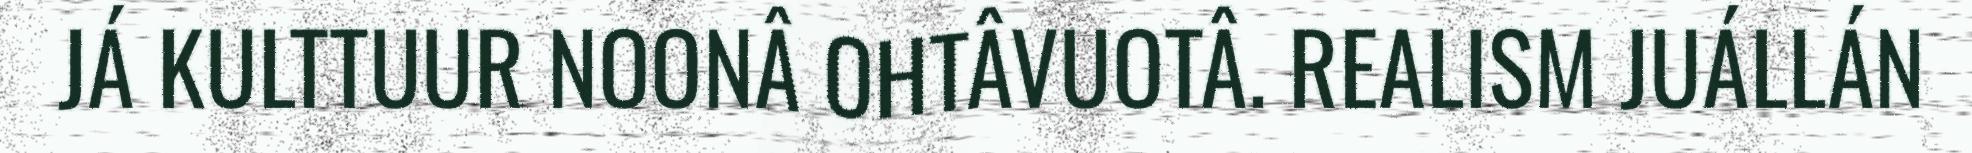
JÁ KULTTUUR NOONÂ OHTÂVUOTÂ. REALISM JUÁLLÁN